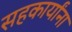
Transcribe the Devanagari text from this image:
सहकार्यांना